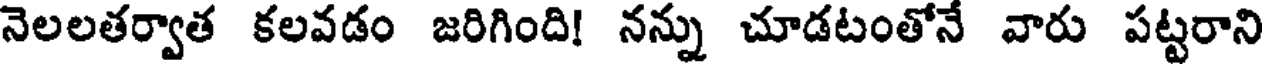
నెలలతర్వాత కలవడం జరిగింది! నన్ను చూడటంతోనే వారు పట్టరాని